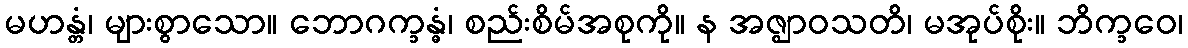
မဟန္တံ၊ များစွာသော။ ဘောဂက္ခန္ဓံ၊ စည်းစိမ်အစုကို။ န အဇ္ဈာဝသတိ၊ မအုပ်စိုး။ ဘိက္ခဝေ၊